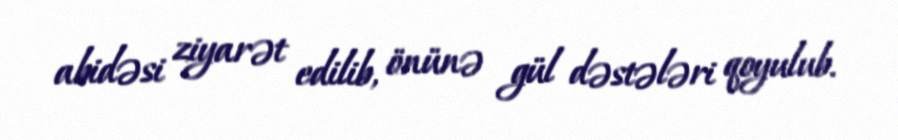
abidəsi ziyarət edilib, önünə gül dəstələri qoyulub.